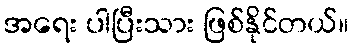
အရေး ပါပြီးသား ဖြစ်နိုင်တယ်။